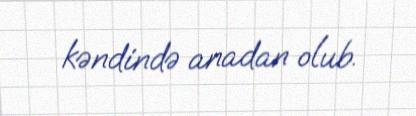
kəndində anadan olub.